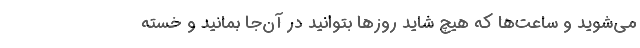
می‌شوید و ساعت‌ها که هیچ شاید روزها بتوانید در آن‌جا بمانید و خسته